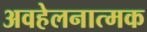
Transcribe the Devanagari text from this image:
अवहेलनात्मक